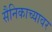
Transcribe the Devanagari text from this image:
सैनिकाच्यावर